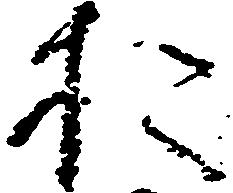
お